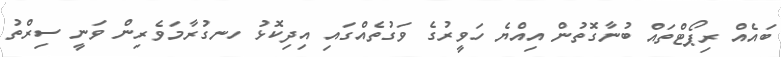
ބައެއް ރިޕޯޓްތައް ބުނާގޮތުން އިއްޔެ ހަވީރުގެ ވަގުތެއްގައި އިދިކޮޅު ހނގުރާމަވެރިން ވަނީ ސިރްތު